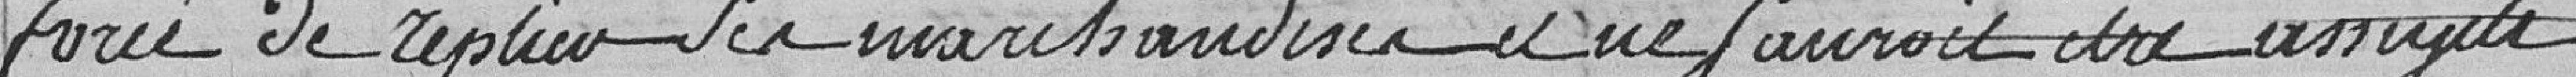
forcé de replier ses marchandises et ne saurait être assujetti